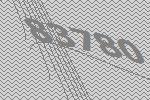
83780